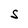
Character: S